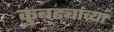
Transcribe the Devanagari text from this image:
कुबड्यांच्या